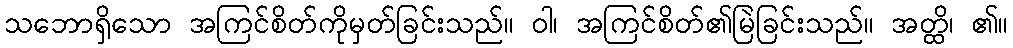
သဘောရှိသော အကြင်စိတ်ကိုမှတ်ခြင်းသည်။ ဝါ၊ အကြင်စိတ်၏မြဲခြင်းသည်။ အတ္ထိ၊ ၏။